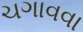
ચગાવવા